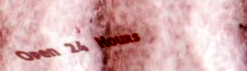
Open 24 Hours